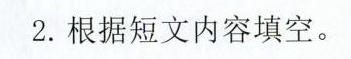
2.根据短文内容填空。